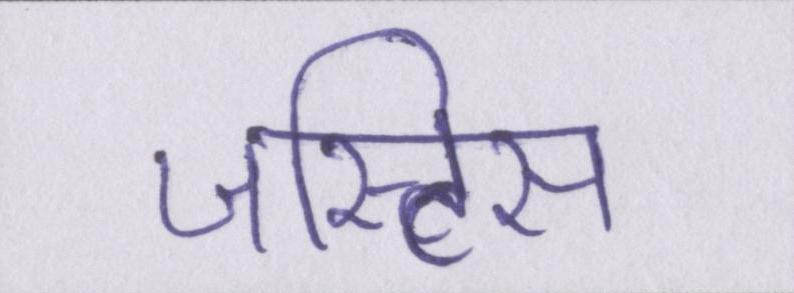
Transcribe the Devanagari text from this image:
जस्टिस